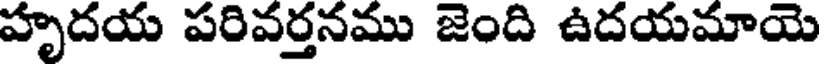
హృదయ పరివర్తనము జెంది ఉదయమాయె